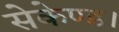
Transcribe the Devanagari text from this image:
सेकेण्ड।